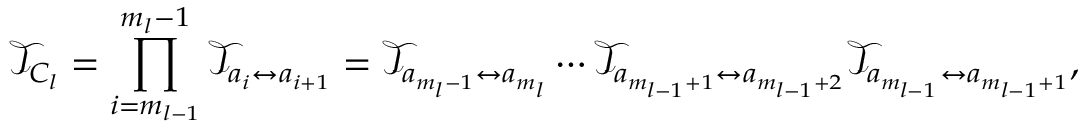
\mathcal { T } _ { C _ { l } } = \prod _ { i = m _ { l - 1 } } ^ { m _ { l } - 1 } \mathcal { T } _ { a _ { i } \leftrightarrow a _ { i + 1 } } = \mathcal { T } _ { a _ { m _ { l } - 1 } \leftrightarrow a _ { m _ { l } } } \cdots \mathcal { T } _ { a _ { m _ { l - 1 } + 1 } \leftrightarrow a _ { m _ { l - 1 } + 2 } } \mathcal { T } _ { a _ { m _ { l - 1 } } \leftrightarrow a _ { m _ { l - 1 } + 1 } } ,